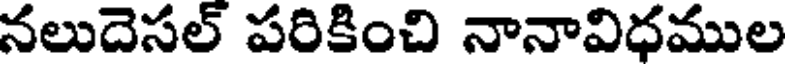
నలుదెసల్ పరికించి నానావిధముల